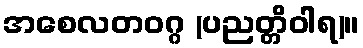
အစေလတဝဂ္ဂ (ပညတ္တိဝါရ)။